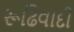
રૂઢિવાદી